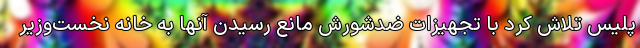
پلیس تلاش کرد با تجهیزات ضدشورش مانع رسیدن آنها به خانه نخست‌وزیر